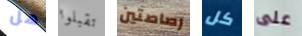
هل تقبلوا رصاصتين كل على